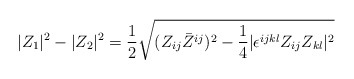
\begin{align*}|Z_1|^2-|Z_2|^2={1\over 2}\sqrt{(Z_{ij}\bar{Z}^{ij})^2-{1\over 4}|\epsilon^{ijkl}Z_{ij}Z_{kl}|^2} \end{align*}